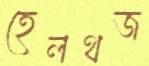
হেলথজ